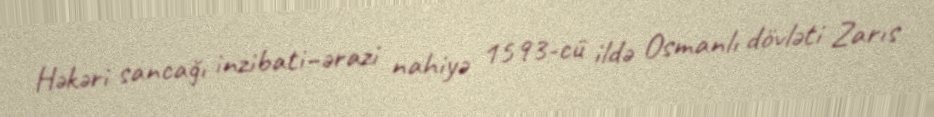
Həkəri sancağı inzibati–ərazi nahiyə 1593-cü ildə Osmanlı dövləti Zarıs